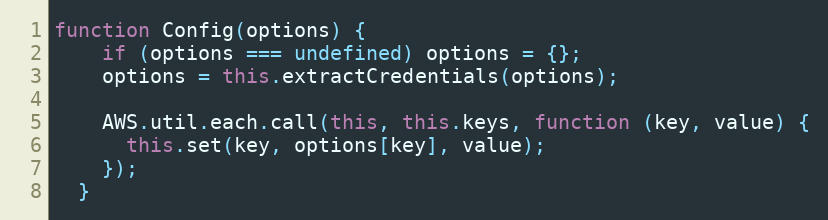
Language: JavaScript
function Config(options) {
    if (options === undefined) options = {};
    options = this.extractCredentials(options);

    AWS.util.each.call(this, this.keys, function (key, value) {
      this.set(key, options[key], value);
    });
  }